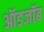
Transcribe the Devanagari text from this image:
ऑडजॉब